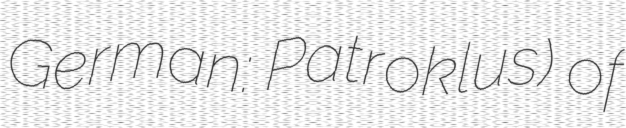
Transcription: German: Patroklus) of